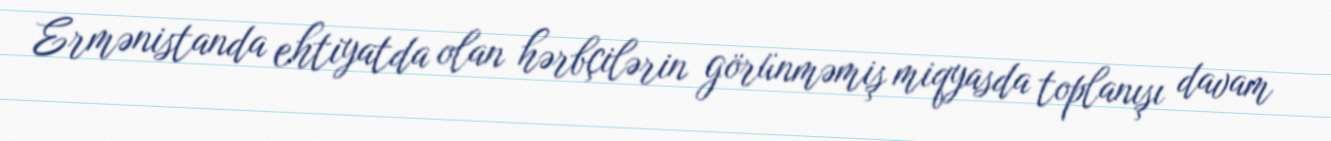
Ermənistanda ehtiyatda olan hərbçilərin görünməmiş miqyasda toplanışı davam